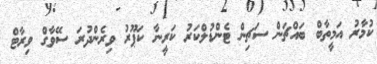
ކުމާރު އަމީތާބް ބައްޗަން ސަޗިން ޓެންޑުލްކަރު ކަރީނާ ކަޕޫރު ވިރެންދުރަ ސޭވާގް ވިރާޓް